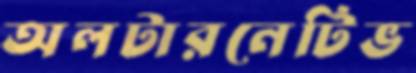
অলটারনেটিভ